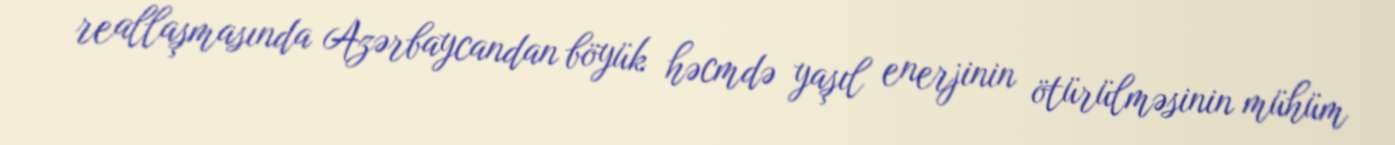
reallaşmasında Azərbaycandan böyük həcmdə yaşıl enerjinin ötürülməsinin mühüm